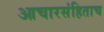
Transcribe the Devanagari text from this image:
आचारसंहिताच